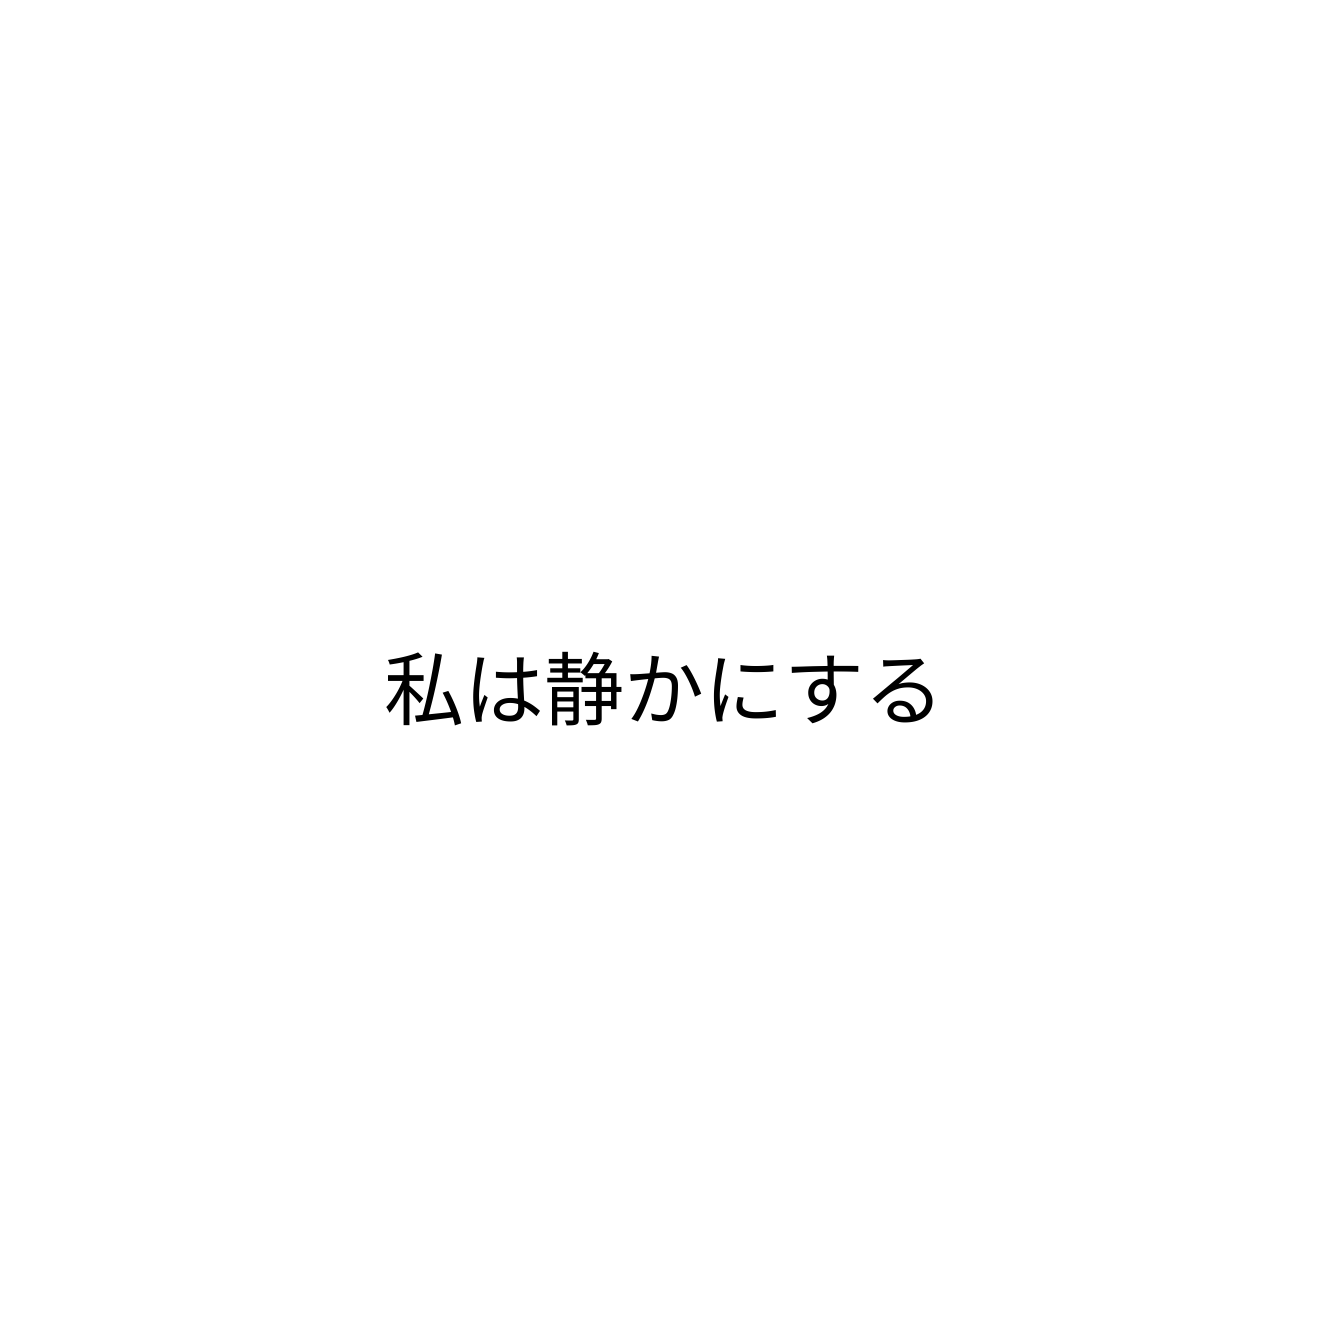
私は静かにする